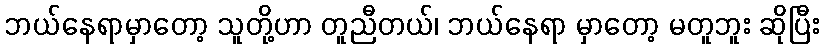
ဘယ်နေရာမှာတော့ သူတို့ဟာ တူညီတယ်၊ ဘယ်နေရာ မှာတော့ မတူဘူး ဆိုပြီး